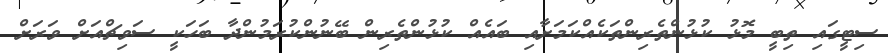
ސިޓީގައި ތިބީ މޮޅު ކުޅުންތެރިންތަކެއްކަމަށާއި ބައެއް ކުޅުންތެރިން ބޭނުންކުރަމުންދާ ބަހަކީ ސަވިޗްއަށް ވަރަށް